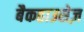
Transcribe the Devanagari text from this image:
बैकहाउसेज़